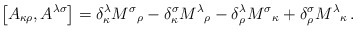
\begin{align*}\left[ A_{\kappa\rho} , A^{\lambda\sigma} \right] = \delta_\kappa^\lambda {M^\sigma}_\rho - \delta_\kappa^\sigma {M^\lambda}_\rho - \delta_\rho^\lambda {M^\sigma}_\kappa + \delta_\rho^\sigma {M^\lambda}_\kappa \,.\end{align*}